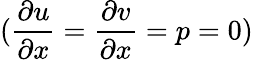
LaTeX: (\frac{\partial u}{\partial x}=\frac{\partial v}{\partial x}=p=0)